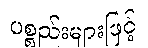
ပစ္စည်းများဖြင့်